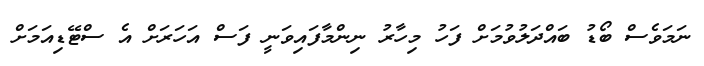
ނަމަވެސް ބޯޑު ބައްދަލުވުމަށް ފަހު މިހާރު ނިންމާފައިވަނީ ފަސް އަހަރަށް އެ ސްޓޭޑިއަމަށް